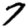
Digit: 7